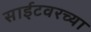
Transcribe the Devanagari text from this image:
साईटवरच्या